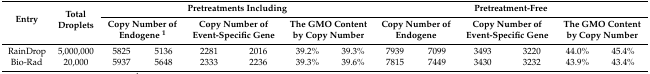
<table><thead><tr><td rowspan="2"><b>Entry</b></td><td rowspan="2"><b>Total Droplets</b></td><td colspan="6"><b>Pretreatments Including</b></td><td colspan="6"><b>Pretreatment-Free</b></td></tr><tr><td colspan="2"><b>Copy Number of Endogene <sup>1</sup></b></td><td colspan="2"><b>Copy Number of Event-Specific Gene</b></td><td colspan="2"><b>The GMO Content by Copy Number</b></td><td colspan="2"><b>Copy Number of Endogene</b></td><td colspan="2"><b>Copy Number of Event-Specific Gene</b></td><td colspan="2"><b>The GMO Content by Copy Number</b></td></tr></thead><tbody><tr><td>RainDrop</td><td>5,000,000</td><td>5825</td><td>5136</td><td>2281</td><td>2016</td><td>39.2%</td><td>39.3%</td><td>7939</td><td>7099</td><td>3493</td><td>3220</td><td>44.0%</td><td>45.4%</td></tr><tr><td>Bio-Rad</td><td>20,000</td><td>5937</td><td>5648</td><td>2333</td><td>2236</td><td>39.3%</td><td>39.6%</td><td>7815</td><td>7449</td><td>3430</td><td>3232</td><td>43.9%</td><td>43.4%</td></tr></tbody></table>